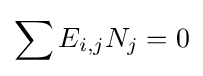
\sum E_{i,j}N_{j}=0